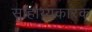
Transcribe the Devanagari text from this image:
साहाय्यकारक